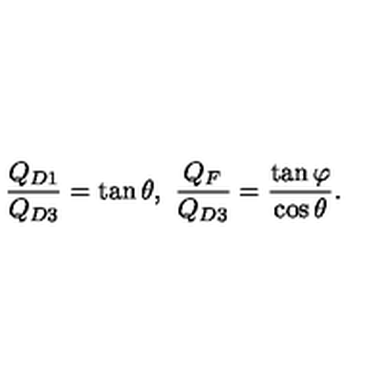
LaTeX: \frac { Q _ { D 1 } } { Q _ { D 3 } } = \tan \theta , \ \frac { Q _ { F } } { Q _ { D 3 } } = \frac { \tan \varphi } { \cos \theta } .